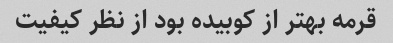
قرمه بهتر از کوبیده بود از نظر کیفیت